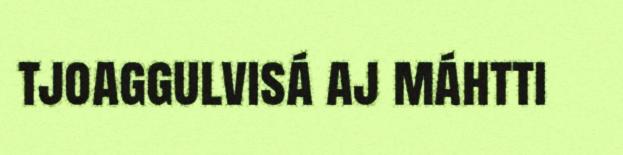
tjoaggulvisá aj máhtti